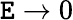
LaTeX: \mathtt{E}\to0